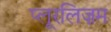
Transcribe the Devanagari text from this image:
प्लूरलिज़म